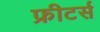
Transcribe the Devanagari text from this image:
फ्रीटर्स